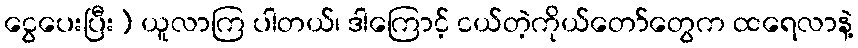
ငွေပေးပြီး) ယူလာကြ ပါတယ်၊ ဒါကြောင့် ငယ်တဲ့ကိုယ်တော်တွေက ထရေလာနဲ့